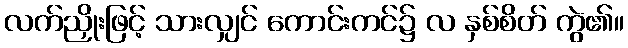
လက်ညှိုးဖြင့် သားလျှင် ကောင်းကင်၌ လ နှစ်စိတ် ကွဲ၏။